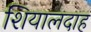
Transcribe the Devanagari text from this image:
शियालदाह